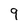
Character: 9